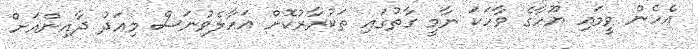
އެހެން ވީމައި ޔޫހާގެ ވާހަކަ ނާމީ ގާތުގައި ތަކުރާރުކޮށް އަހާލެވުނަސް މިއަދު ދާއިންއަށް